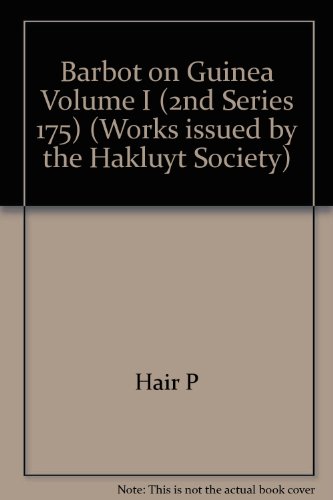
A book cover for Barbot on Guinea Volume I (2nd Series 175); Jean Barbot; Travel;